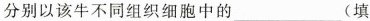
分别以该牛不同组织细胞中的___(填